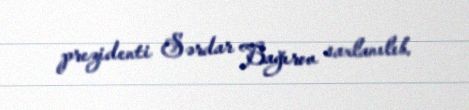
prezidenti Sərdar Bağırov saxlanılıb.